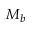
M _ { b }